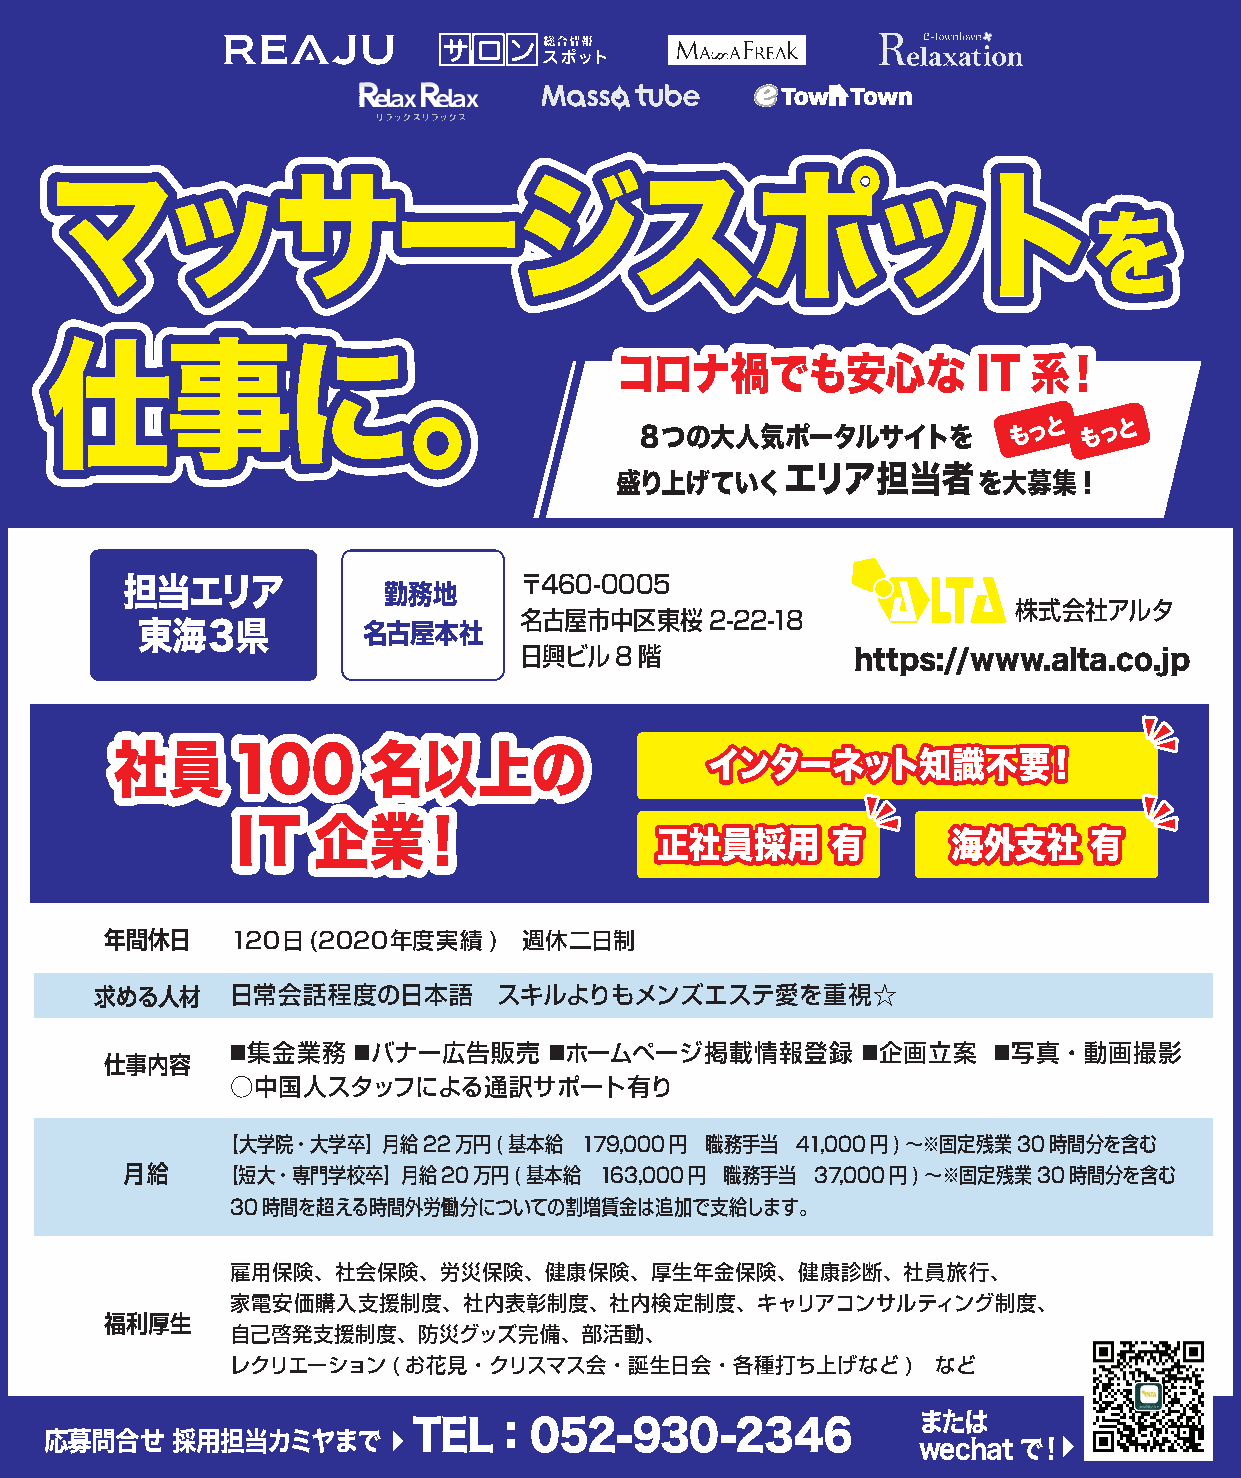
ママッッササーージジススポポッットト
 をを
 コロナ禍でも安心な               IT 系！
 仕仕事事にに。。
 88つつのの大大人人気気ポポーータタルルササイイトトをを
 もっと  もっと
 盛盛りり上上げげてていいくくエエリリアア担担当当者者をを大大募募集集!!
 〒460-0005
 担当エリア            勤務地
 株式会社アルタ
 名古屋市中区東桜2-22-18
 名古屋本社
 東海３県
 日興ビル8階
 hhttttppss::////wwwwww..aallttaa..ccoo..jjpp
 社員      100      名以上の                   インターネット知識不要！
 IT   企業！                   正社員採用       有       海外支社     有
 年間休日    120日(2020年度実績    )  週休二日制
 求める人材    日常会話程度の日本語        スキルよりもメンズエステ愛を重視☆
 ■集金業務   ■バナー広告販売     ■ホームページ掲載情報登録        ■企画立案    ■写真・動画撮影
 仕事内容
 ○中国人スタッフによる通訳サポート有り
 【大学院・大学卒】月給22万円(基本給    179,000円 職務手当  41,000円)〜※固定残業30時間分を含む
 月給     【短大・専門学校卒】月給20万円(基本給     163,000円 職務手当 37,000円)〜※固定残業30時間分を含む
 30時間を超える時間外労働分についての割増賃金は追加で支給します。
 雇用保険、社会保険、労災保険、健康保険、厚生年金保険、健康診断、社員旅行、
 家電安価購入支援制度、社内表彰制度、社内検定制度、キャリアコンサルティング制度、
 福利厚生
 自己啓発支援制度、防災グッズ完備、部活動、
 レクリエーション(お花見・クリスマス会・誕生日会・各種打ち上げなど)             など
 または
 応募問合せ   採用担当カミヤまで       TEL：052-930-2346
 wechatで！